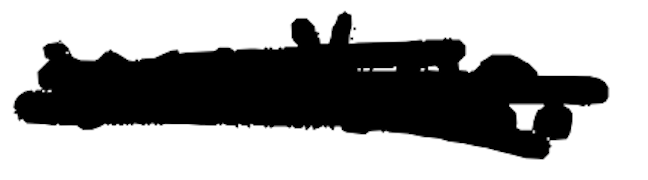
Text: writer.
Cross-out: scratch
Writing tool: digital_black